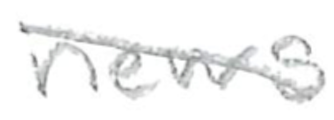
Text: news
Cross-out: diagonal
Writing tool: pencil